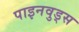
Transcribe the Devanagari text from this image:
पाइनवुड्स